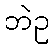
ဘဲဥ